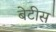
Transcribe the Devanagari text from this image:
बेटीस